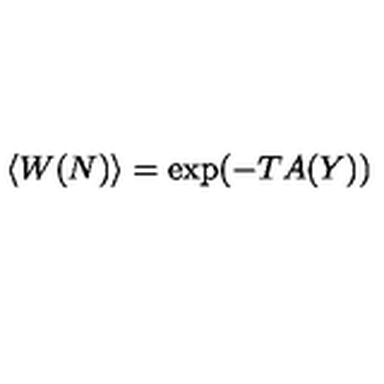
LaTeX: \langle W ( N ) \rangle = \exp ( - T A ( Y ) )